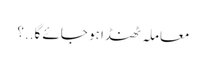
معاملہ ٹھنڈا ہو جائے گا..؟